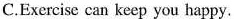
C.Exercise can keep you happy.